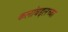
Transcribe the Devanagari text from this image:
कलांबद्दलच्या